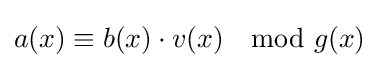
a(x)\equiv b(x)\cdot v(x)\mod g(x)